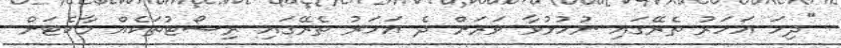
"ދިހަ އަހަރު ތެރޭގައި ނުހުޅުވާ ވަރަށް ދެ އަހަރު ތެރޭގައި ރިސޯޓުތަކެއް މާކެޓަށް